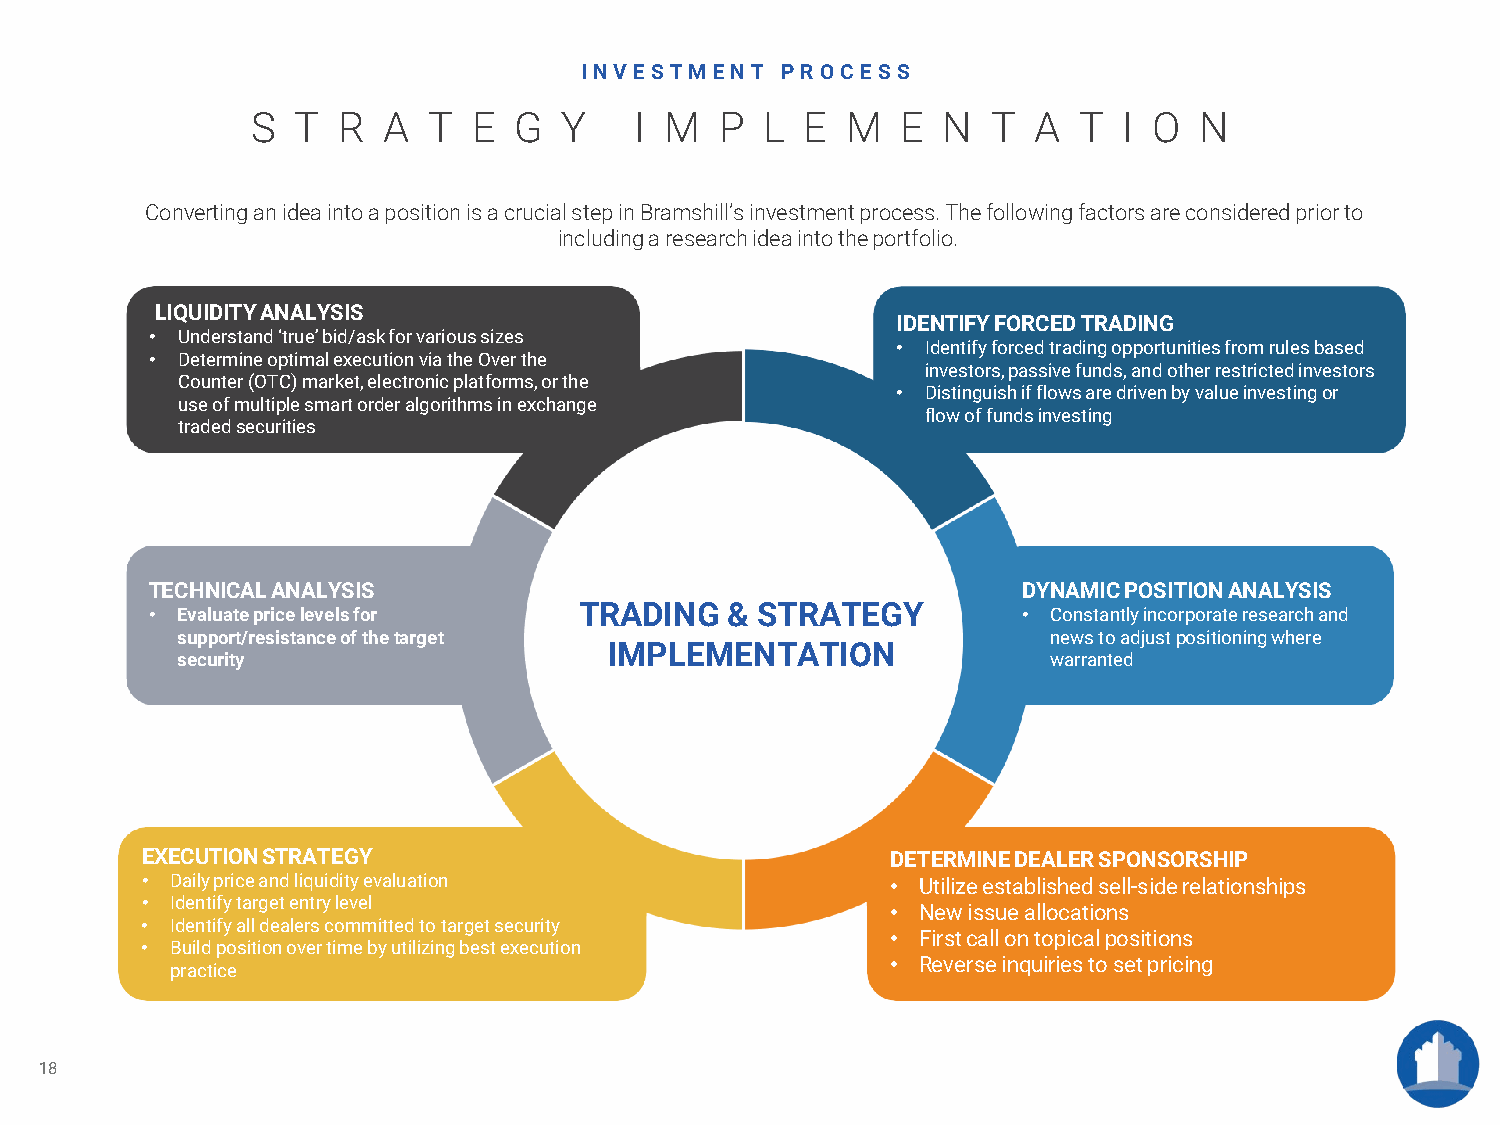
INVESTM  ENT  P R OCE SS
 S T  R  A  T  E  G  Y    I M   P  L E  M   E N   T A  T  I O  N
 Converting anideaintoapositionisa crucialstepinBramshill’sinvestmentprocess. Thefollowingfactorsareconsideredprior to
 includingaresearchideainto theportfolio.
 LIQUIDITYANALYSIS
 IDENTIFYFORCEDTRADING
 • Understand‘true’bid/askfor varioussizes
 • Identifyforcedtrading opportunities fromrulesbased
 • Determine optimalexecutionvia the Overthe
 investors,passive funds,andotherrestrictedinvestors
 Counter(OTC)market,electronicplatforms,orthe
 • Distinguish if flows are driven by value investing or
 useofmultiple smart order algorithms inexchange
 flowoffundsinvesting
 tradedsecurities
 TECHNICALANALYSIS                                         DYNAMIC POSITIONANALYSIS
 • Evaluatepricelevelsfor    TRADING   & STRATEGY          • Constantlyincorporateresearch and
 support/resistance of the target                          news toadjustpositioningwhere
 IMPLEMENTATION
 security                                                  warranted
 EXECUTIONSTRATEGY                                 DETERMINEDEALER SPONSORSHIP
 • Dailypriceandliquidityevaluation                • Utilizeestablishedsell-siderelationships
 • Identifytargetentry level
 • Newissueallocations
 • Identifyall dealers committedtotargetsecurity
 • Firstcallontopicalpositions
 • Buildpositionover timeby utilizing bestexecution
 practice                                        • Reverseinquiriesto setpricing
 18